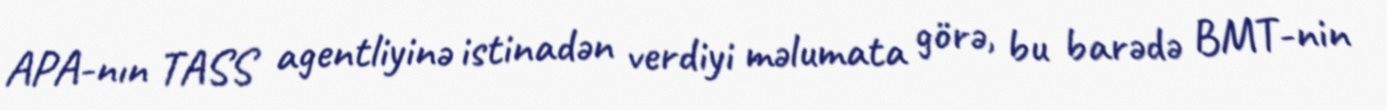
APA-nın TASS agentliyinə istinadən verdiyi məlumata görə, bu barədə BMT-nin